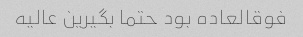
فوقالعاده بود حتما بگیرین عالیه